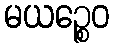
မယဉ္စေဝ